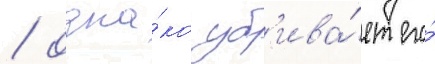
/ одна́ко уб'ива́ет его́